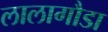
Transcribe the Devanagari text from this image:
लालागौडा